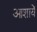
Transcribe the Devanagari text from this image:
आशायें